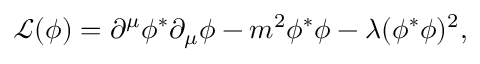
{ \mathcal { L } } ( \phi ) = \partial ^ { \mu } \phi ^ { * } \partial _ { \mu } \phi - m ^ { 2 } \phi ^ { * } \phi - \lambda ( \phi ^ { * } \phi ) ^ { 2 } ,